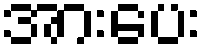
အားပေး